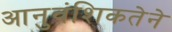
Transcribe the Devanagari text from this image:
आनुवंशिकतेने